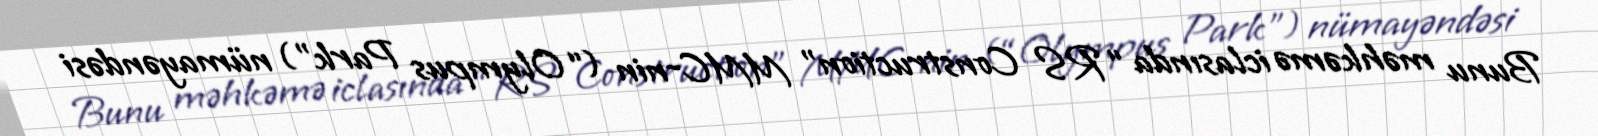
Bunu məhkəmə iclasında “RS Construction” MMC-nin (“Olympus Park”) nümayəndəsi